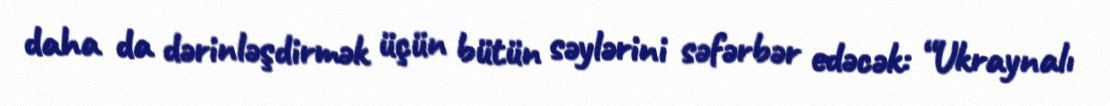
daha da dərinləşdirmək üçün bütün səylərini səfərbər edəcək: “Ukraynalı